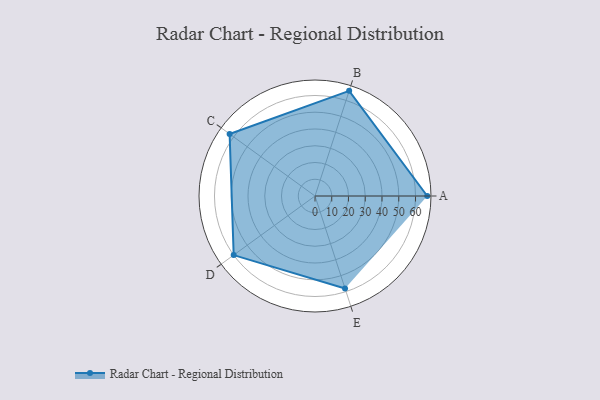
{"axis": {"x": "Skill", "y": "Score"}, "legend": ["Profile"], "data": [{"x": "A", "y": 67.0, "type": "Profile"}, {"x": "B", "y": 66.0, "type": "Profile"}, {"x": "C", "y": 63.0, "type": "Profile"}, {"x": "D", "y": 60.0, "type": "Profile"}, {"x": "E", "y": 58.0, "type": "Profile"}]}